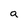
Character: a